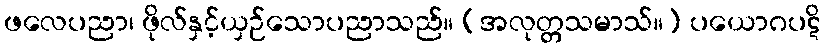
ဖလေပညာ၊ ဖိုလ်နှင့်ယှဉ်သောပညာသည်။ (အလုတ္တသမာသ်။) ပယောဂပဋိ